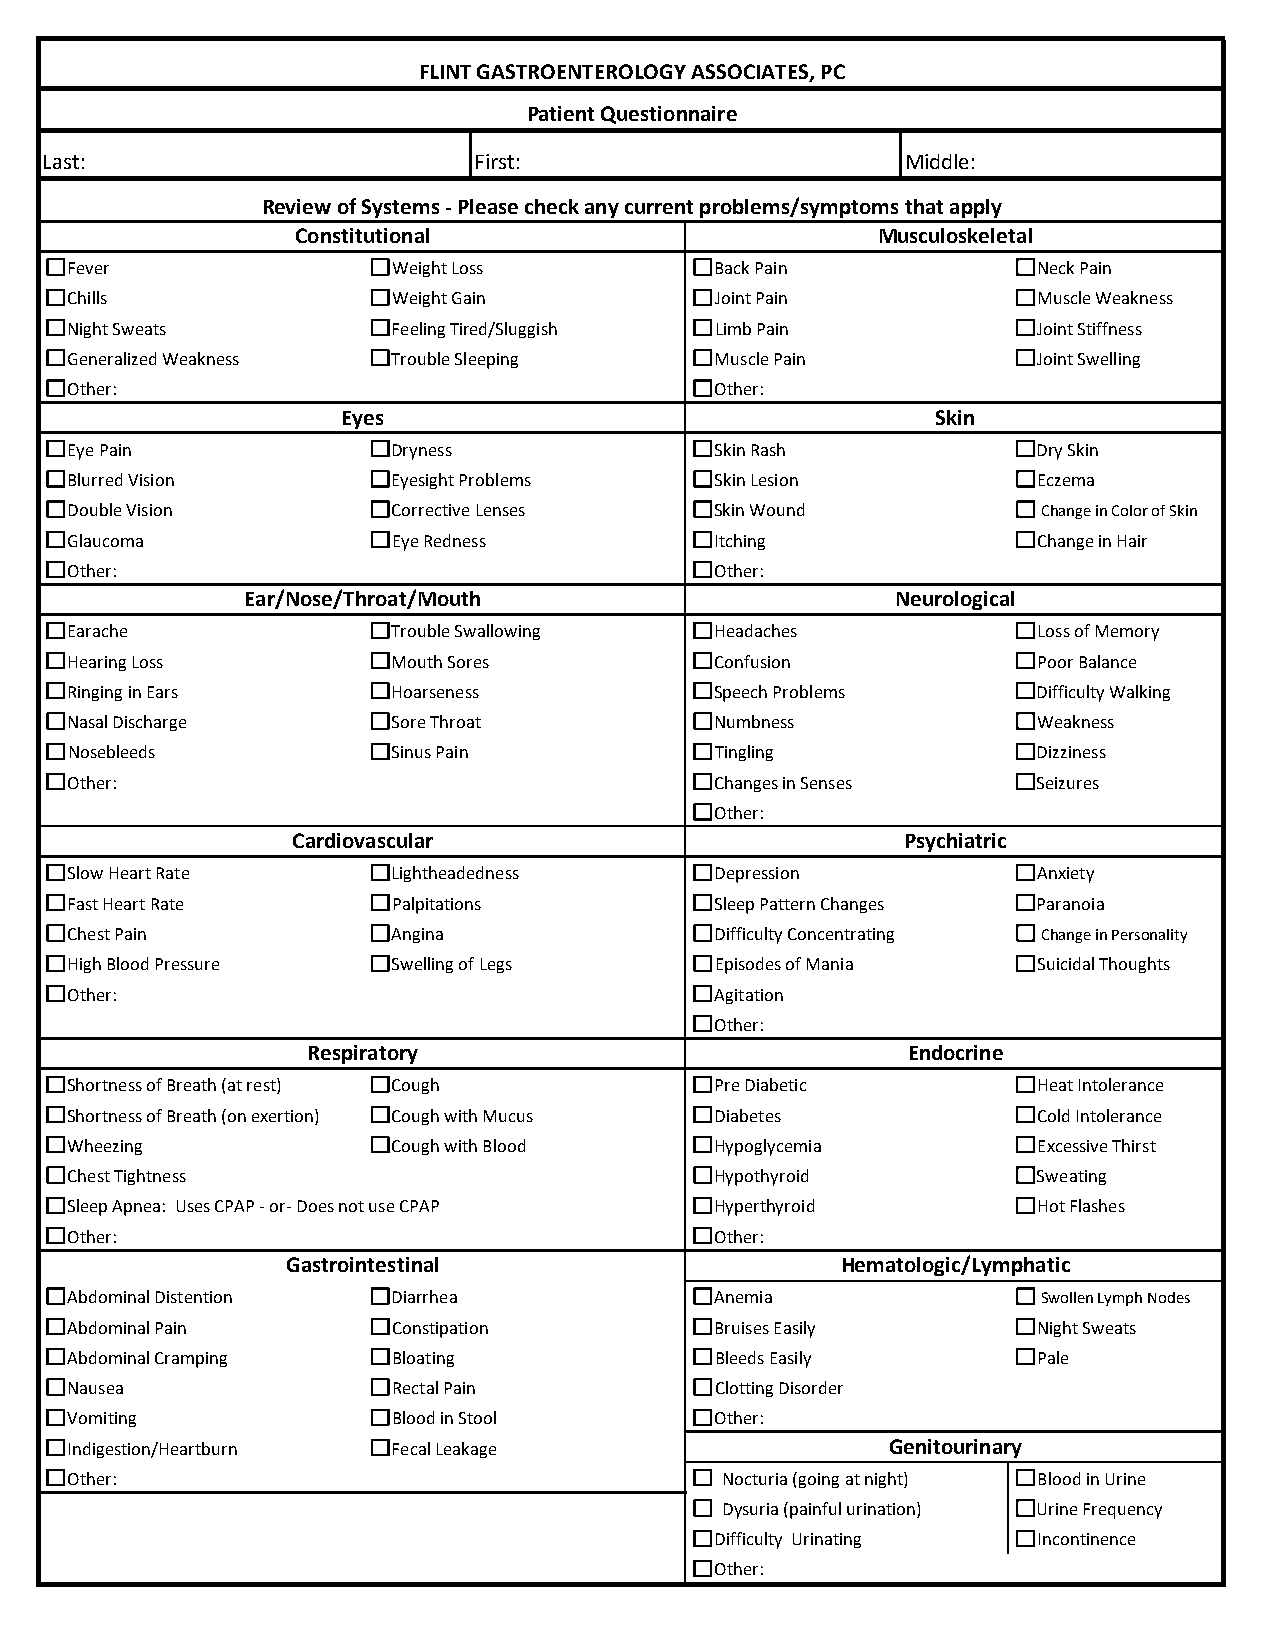
FLINT GASTROENTEROLOGY ASSOCIATES, PC
 Patient Questionnaire
 Last:                        First:                      Middle:
 Review of Systems - Please check any current problems/symptoms that apply
 Constitutional                         Musculoskeletal
 Fever                 Weight Loss          Back Pain            Neck Pain
 Chills                Weight Gain          Joint Pain           Muscle Weakness
 Night Sweats          Feeling Tired/Sluggish Limb Pain          Joint Stiffness
 Generalized Weakness  Trouble Sleeping     Muscle Pain          Joint Swelling
 Other:                                     Other:
 Eyes                                    Skin
 Eye Pain              Dryness              Skin Rash            Dry Skin
 Blurred Vision        Eyesight Problems    Skin Lesion          Eczema
 Double Vision         Corrective Lenses    Skin Wound            Change in Color of Skin
 Glaucoma              Eye Redness          Itching              Change in Hair
 Other:                                     Other:
 Ear/Nose/Throat/Mouth                      Neurological
 Earache               Trouble Swallowing   Headaches            Loss of Memory
 Hearing Loss          Mouth Sores          Confusion            Poor Balance
 Ringing in Ears       Hoarseness           Speech Problems      Difficulty Walking
 Nasal Discharge       Sore Throat          Numbness             Weakness
 Nosebleeds            Sinus Pain           Tingling             Dizziness
 Other:                                     Changes in Senses    Seizures
 Other:
 Cardiovascular                          Psychiatric
 Slow Heart Rate       Lightheadedness      Depression           Anxiety
 Fast Heart Rate       Palpitations         Sleep Pattern Changes Paranoia
 Chest Pain            Angina               Difficulty Concentrating Change in Personality
 High Blood Pressure   Swelling of Legs     Episodes of Mania    Suicidal Thoughts
 Other:                                     Agitation
 Other:
 Respiratory                             Endocrine
 Shortness of Breath (at rest) Cough        Pre Diabetic         Heat Intolerance
 Shortness of Breath (on exertion) Cough with Mucus Diabetes     Cold Intolerance
 Wheezing              Cough with Blood     Hypoglycemia         Excessive Thirst
 Chest Tightness                            Hypothyroid          Sweating
 Sleep Apnea: Uses CPAP - or- Does not use CPAP Hyperthyroid     Hot Flashes
 Other:                                     Other:
 Gastrointestinal                    Hematologic/Lymphatic
 Abdominal Distention  Diarrhea             Anemia                Swollen Lymph Nodes
 Abdominal Pain        Constipation         Bruises Easily       Night Sweats
 Abdominal Cramping    Bloating             Bleeds Easily        Pale
 Nausea                Rectal Pain          Clotting Disorder
 Vomiting              Blood in Stool       Other:
 Indigestion/Heartburn Fecal Leakage                   Genitourinary
 Other:                                     Nocturia (going at night) Blood in Urine
 Dysuria (painful urination) Urine Frequency
 Difficulty Urinating Incontinence
 Other: